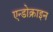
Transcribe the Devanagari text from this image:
एन्डोक्राइन